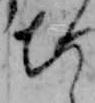
ち